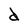
Character: d